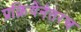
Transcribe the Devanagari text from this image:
प्रक्रियेनंतरच